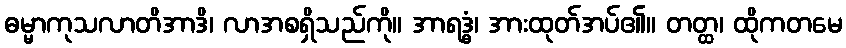
ဓမ္မာကုသလာတိအာဒိ၊ လာအစရှိသည်ကို။ အာရဒ္ဓံ၊ အားထုတ်အပ်၏။ တတ္ထ၊ ထိုကတမေ